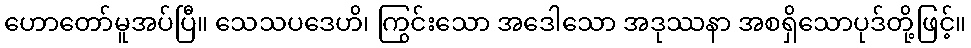
ဟောတော်မူအပ်ပြီ။ သေသပဒေဟိ၊ ကြွင်းသော အဒေါသော အဒုဿနာ အစရှိသောပုဒ်တို့ဖြင့်။